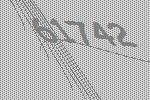
61742